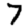
Digit: 7